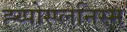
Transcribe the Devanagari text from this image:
ह्य्पोस्प्लेनिस्म